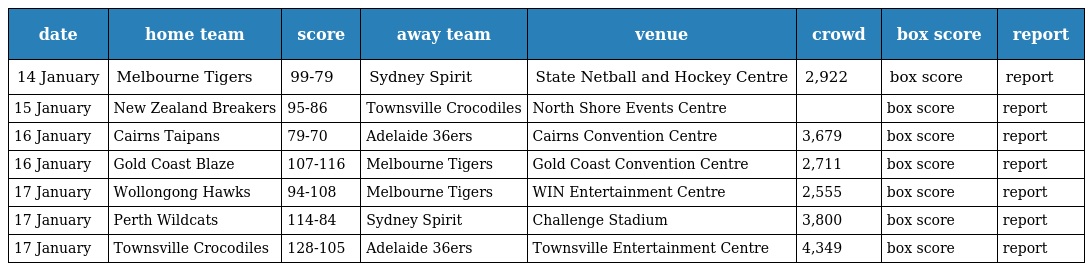
| date | home team | score | away team | venue | crowd | box score | report |
 | --- | --- | --- | --- | --- | --- | --- | --- |
 | 14 January | Melbourne Tigers | 99-79 | Sydney Spirit | State Netball and Hockey Centre | 2,922 | box score | report |
 | 15 January | New Zealand Breakers | 95-86 | Townsville Crocodiles | North Shore Events Centre |  | box score | report |
 | 16 January | Cairns Taipans | 79-70 | Adelaide 36ers | Cairns Convention Centre | 3,679 | box score | report |
 | 16 January | Gold Coast Blaze | 107-116 | Melbourne Tigers | Gold Coast Convention Centre | 2,711 | box score | report |
 | 17 January | Wollongong Hawks | 94-108 | Melbourne Tigers | WIN Entertainment Centre | 2,555 | box score | report |
 | 17 January | Perth Wildcats | 114-84 | Sydney Spirit | Challenge Stadium | 3,800 | box score | report |
 | 17 January | Townsville Crocodiles | 128-105 | Adelaide 36ers | Townsville Entertainment Centre | 4,349 | box score | report |